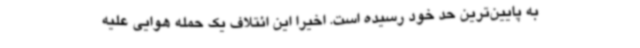
به پایین‌ترین حد خود رسیده است. اخیرا این ائتلاف یک حمله هوایی علیه